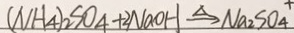
( N H _ { 4 } ) _ { 2 } S O _ { 4 } + 2 N a O H \xrightarrow { \Delta } N a _ { 2 } S O _ { 4 } ^ { + }